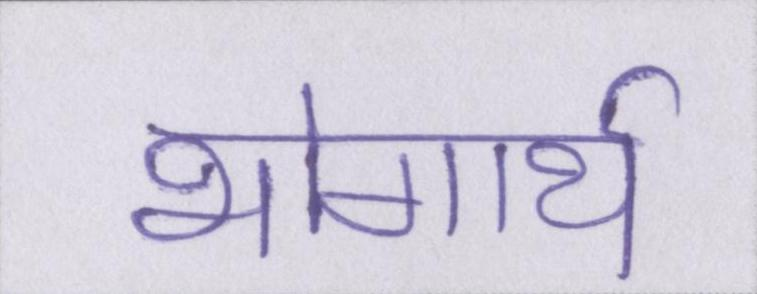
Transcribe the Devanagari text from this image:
भोगार्थ